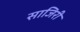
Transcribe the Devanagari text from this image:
साजिरी